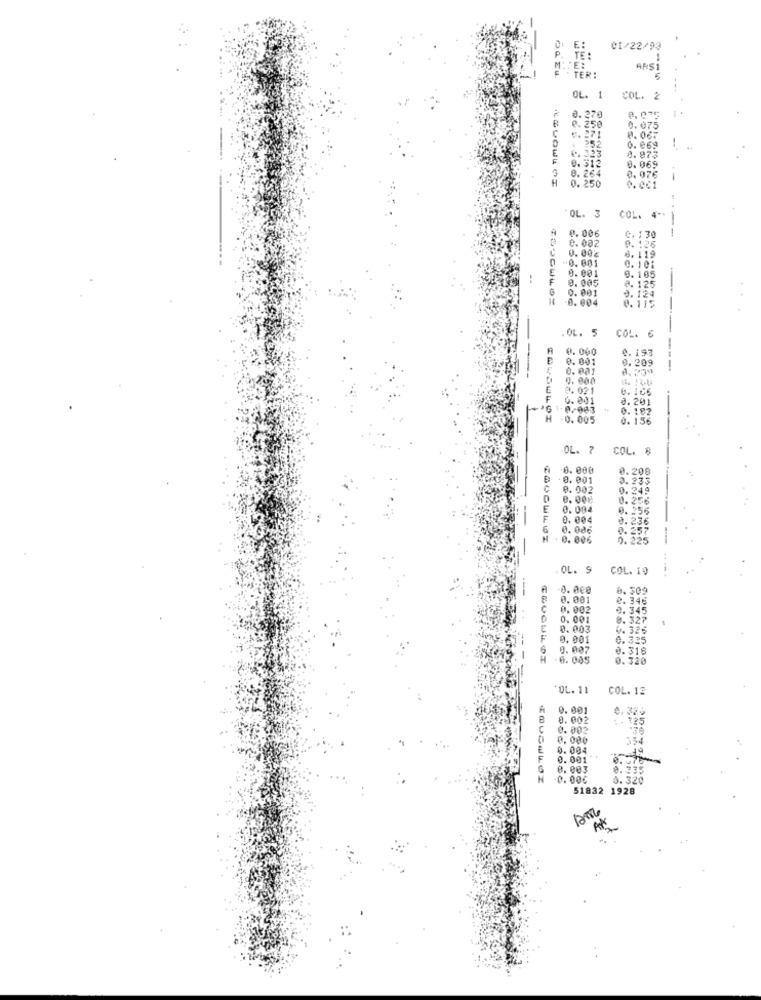
U E:
01/22/93
P. TE:
1
M
TER!
ARSI
OL. 1
COL. 2
0. 250
0.270
0.075
0.075
V. 271
0. 06F
E
1 252
0.323
0. 069
0.973
0.312
8.264
0. 069
0. 076
H
0. 250
0. 001
OL. 3
OL. 3 COL. 4 **
P.006
--
0. 002
C. 1 30
0. 00℃
9.126
-0.001
6. 119
0.001
0. 101
9. 005
8. 125
9. 105
0. 001
9.124
0. 004
0.115
-
OL. 5
COL. €
0.000
0.193
0.001
0.209
-----
0. 001
0. 000
E
2.021
6. 166
0. 001
0. 201
1.0/063
0.182
H
-0.005
0. 156
OL. 7
COL. 8
0.000
0.208
0. 001
0. 233
0.002
0.249
0. 00₺
0.256
E
0. 004
0.256
F
0.004
0. 236
6
0. 086
0.257
. 0.006
0. 225
OL. S
COL. 19
0. 008
0.309
0.001
e.346
0.002
9.345
0. 001
8. 327
0. 003
4.326
9.001
0.325
0. 007
0.318
0. 045
0.320
----
OL. 11
COL. 12
0.001
0.320
0. 002
: - 125
0.002
0.000
554
0.004
0. 001
0.476
0.003
0.335
0.006
0. 320
51832 1928
AN